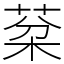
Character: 棻